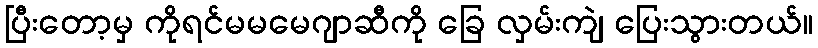
ပြီးတော့မှ ကိုရင်မမမေဂျာဆီကို ခြေ လှမ်းကျဲ ပြေးသွားတယ်။